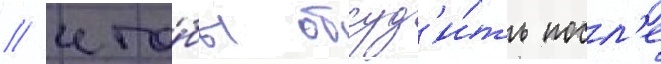
/ что́бы обсуд'и́ть посл'е